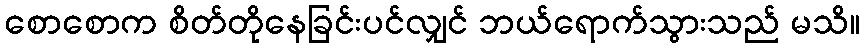
စောစောက စိတ်တိုနေခြင်းပင်လျှင် ဘယ်ရောက်သွားသည် မသိ။